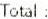
TOTAL: